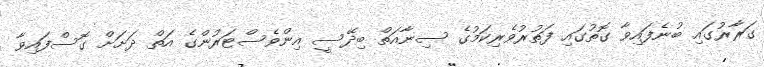
ގަރާރުގައި ބުނެފައިވާ ގޮތުގައި ފަތުރުވެރިކަމުގެ ސިނާއަތް ބިދޭސީ އިންވެސްޓަރުންގެ އަތް ދަށަށް ގޮސްފައިވާ